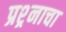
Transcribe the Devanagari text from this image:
प्रश्र्नाचा